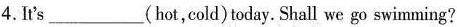
4.It's___(hot,cold)today. Shall we go swimming?